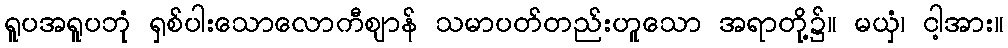
ရူပအရူပဘုံ ရှစ်ပါးသောလောကီဈာန် သမာပတ်တည်းဟူသော အရာတို့၌။ မယှံ၊ ငါ့အား။